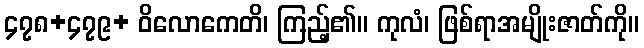
၄၇၈+၄၇၉+ ဝိလောကေတိ၊ ကြည့်၏။ ကုလံ၊ ဖြစ်ရာအမျိုးဇာတ်ကို။